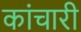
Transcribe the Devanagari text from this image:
कांचारी